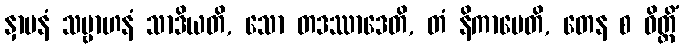
နှာပနံ သမ္ဗာဟနံ သာဒိယတိ, သော တဒဿာဒေတိ, တံ နိကာမေတိ, တေန စ ဝိတ္တိံ